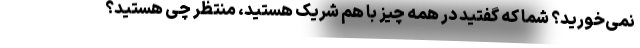
نمی‌خورید؟ شما که گفتید در همه چیز با هم شریک هستید، منتظر چی هستید؟